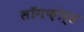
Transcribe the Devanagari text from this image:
लॉगफ़ोर्ड